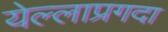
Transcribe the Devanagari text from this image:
येल्लाप्रगदा